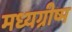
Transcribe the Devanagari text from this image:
मध्यग्रीष्म